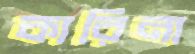
কারিনা